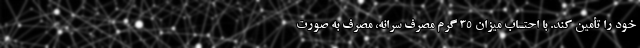
خود را تأمین کند. با احتساب میزان ۳۵ گرم مصرف سرانه، مصرف به صورت